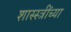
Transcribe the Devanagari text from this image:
शास्स्त्रींच्या